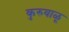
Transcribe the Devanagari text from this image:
कुरुवाळू